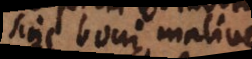
sine boni malive